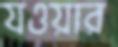
যওয়ার